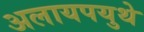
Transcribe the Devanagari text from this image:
अलायपयुथे